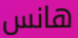
هانس